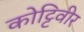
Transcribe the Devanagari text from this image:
कोट्टिवीर